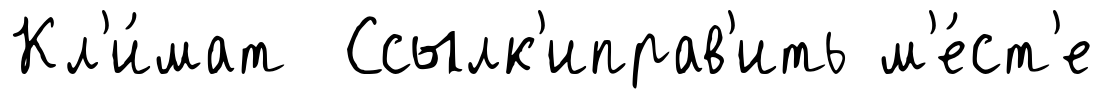
Кл'и́мат Ссылк'иправ'ить м'е́ст'е